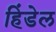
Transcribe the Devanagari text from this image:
हिंडेल